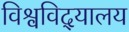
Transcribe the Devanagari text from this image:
विश्वविद्‌यालय